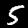
Label: 5